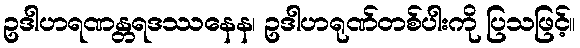
ဥဒါဟရဏန္တရဒဿနေန၊ ဥဒါဟရုဏ်တစ်ပါးကို ပြသဖြင့်။